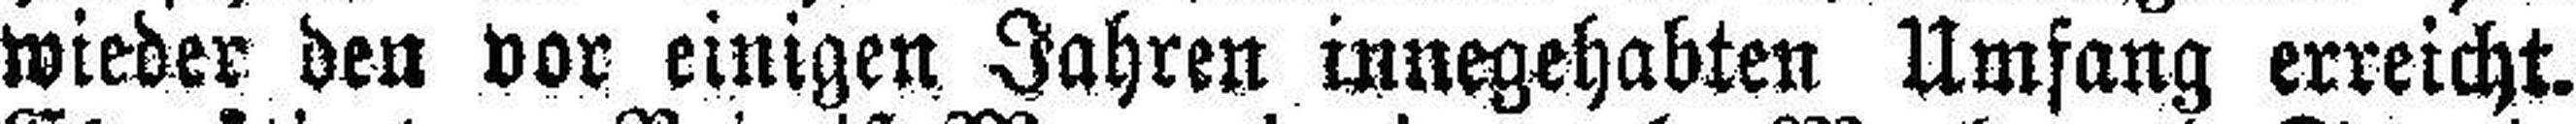
wieder den vor einigen Jahren innegehabten Umfang erreicht.